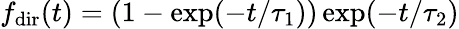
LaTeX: f_{\mathrm{dir}}(t)=(1-\exp(-t/\tau_{1}))\exp(-t/\tau_{2})